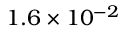
1 . 6 \times 1 0 ^ { - 2 }